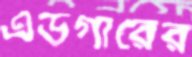
এডগারের